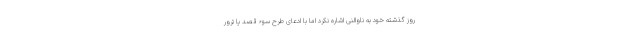
روز گذشته خود به ناوالنی اشاره نکرد اما با ادعای طرح سوء قصد یا ترور